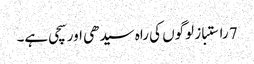
7 راستباز لوگوں کی راہ سیدھی اور سچی ہے۔